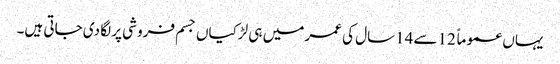
یہاں عموماً 12سے 14سال کی عمر میں ہی لڑکیاں جسم فروشی پر لگا دی جاتی ہیں۔